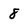
Character: 8